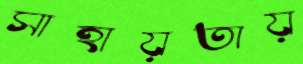
সাহায়তায়